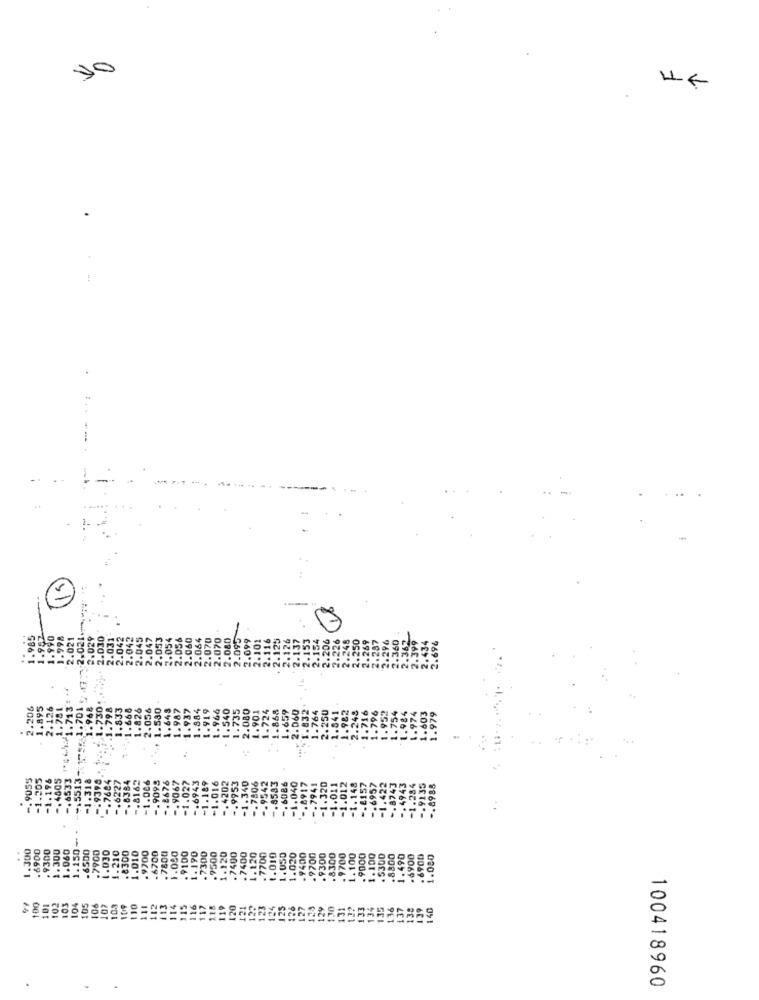
10
.... .
2.021
2.029
2.030
250
269
.360
36,
434
2.694
206
2.126
1.781
1.713
1.701
.968
1.730
-1.798
1.833
1.668
.826
.056
.590
.643
1.884
.919
735
2.080
901
1.868
1.764
. . 1.841
1.98
1.937
124
160
250
.716
95%
.754
1.984
.97
.603
1.979
-. 9055
-1.305
-1.196
-. 6533
+15513-
.7684
-. 6227
8384
.8162
1.006
.9098
.2676
.9067
806
-1.012
-1 . 148
-. 4505
-1.318
.9399
1.027
.6943
.189
-1.016
-. 8583
-1.040
.8917
.7941
-1.320
-1.011
-. 2157
-. 6957
-1.422
-. 8743
-1.284
-. 9135
-. 8988
1.300
.6900
. 9300
1.150
2.300
1.060
.6500
.7900
4.030
1.210
. 8300
1.010
. 9700
.6700
.7800
1.000
.9100
1.490
.7300
.7500
1.120
. 7400
.7400
1.120
.7700
1.010
1. 050
1.020
. 9400
.9700
.9300
.8300
. 9700
1.100
.9000
1.100
. 5300
.8800
.490
-4900
6900
1.080
110
100
103
103
104
105
106
107
10.3
109
111
112
114
115
116
117
119
120
21
12.
123
124
125
127
129
129
130
131
1.3?
133
134
136
.37
139
140
100418960